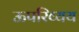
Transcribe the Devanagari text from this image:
ऊपरिव्यय